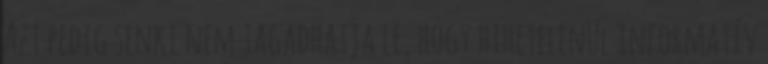
Azt pedig senki nem tagadhatja le, hogy hihetelenül informatív